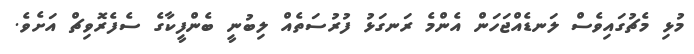
މުޅި މެޗުގައިވެސް ލަނޑެއްޖަހަން އެންމެ ރަނގަޅު ފުރުސަތެއް ލިބުނީ ބެންފީކާގެ ސެފެރޮވިޗް އަށެވެ.